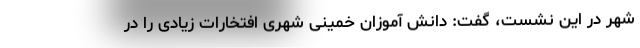
شهر در این نشست، گفت: دانش آموزان خمینی شهری افتخارات زیادی را در